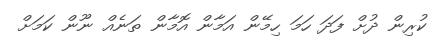
ކުރިން ދުށް ފަދަ ހަމަ ހިމޭން އަމާން އޮމާން ތަނެއް ނޫން ކަމަށް